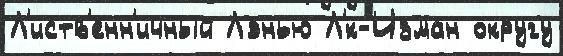
Л'иств'енн'ичный Лэнью Л'́к-Изман округу